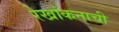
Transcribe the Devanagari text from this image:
रेखांकनाची